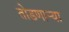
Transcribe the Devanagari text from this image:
तोडणाऱ्या